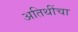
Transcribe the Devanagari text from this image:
अतिथींचा